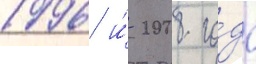
1996 и́ 2008 го́да